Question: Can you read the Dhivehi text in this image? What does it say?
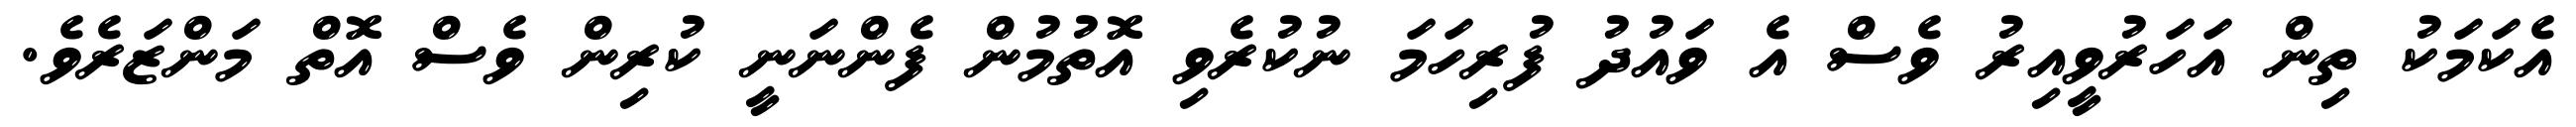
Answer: އެކަމަކު ތިން އަހަރުވީއިރު ވެސް އެ ވައުދު ފުރިހަމަ ނުކުރެވި އޮތުމުން ފެންނަނީ ކުރިން ވެސް އޮތް މަންޒަރެވެ.